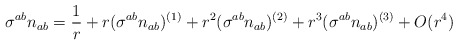
\begin{align*}\sigma^{ab} n_{ab} = \frac{1}{r} + r(\sigma^{ab} n_{ab})^{(1)}+r^2 (\sigma^{ab} n_{ab})^{(2)}+r^3(\sigma^{ab} n_{ab})^{(3)}+O(r^4)\end{align*}